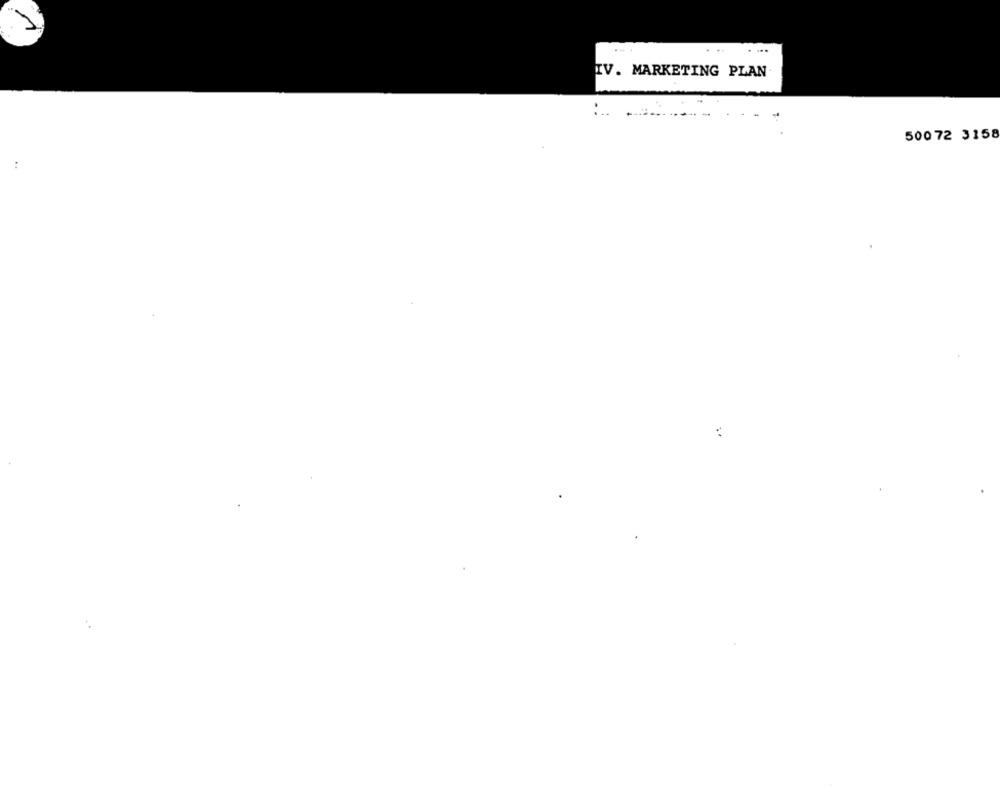
....
IV. MARKETING PLAN-
50072 3158